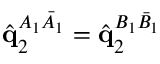
\hat { \mathbf { q } } _ { 2 } ^ { A _ { 1 } \bar { A } _ { 1 } } = \hat { \mathbf { q } } _ { 2 } ^ { B _ { 1 } \bar { B } _ { 1 } }